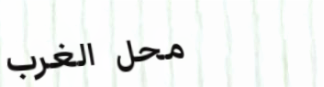
محل الغرب